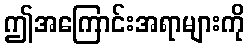
ဤအကြောင်းအရာများကို